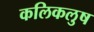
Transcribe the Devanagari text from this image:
कलिकलुष